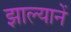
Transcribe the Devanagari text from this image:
झाल्यानें